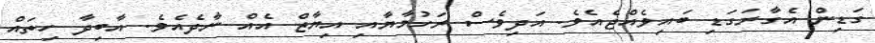
ގަޑިން އެގާރަގަޑި ބައިވެއްޖެއެވެ. އަދިވެސް ރަހުމާޔާއި އިޔާޒް އެއް ނާދެއެވެ. އާބިދާ ހިތައް